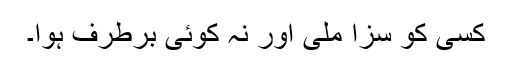
کسی کو سزا ملی اور نہ کوئی برطرف ہوا۔